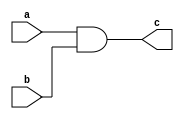
`timescale 1ns / 1ps
//////////////////////////////////////////////////////////////////////////////////
// Company: 
// Engineer: 
// 
// Design Name: 
// Module Name: and_mod
// Project Name: 
// Target Devices: 
// Tool Versions: 
// Description: 
// 
// Dependencies: 
// 
// Revision:
// Revision 0.01 - File Created
// Additional Comments:
// 
//////////////////////////////////////////////////////////////////////////////////


module and_mod(
input a,b,
output c
    );
    assign c=a&b;
endmodule